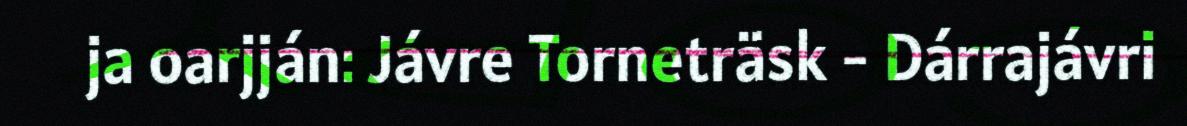
ja oarjján: Jávre Torneträsk - Dárrajávri